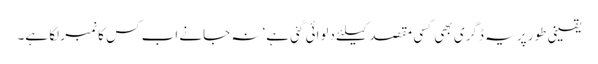
یقینی طور پر یہ ڈگری بھی کسی مقصد کیلئے دلوائی گئی ہے‘ نہ جانے اب کس کا نمبر لگا ہے۔